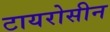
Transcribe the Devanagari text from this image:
टायरोसीन